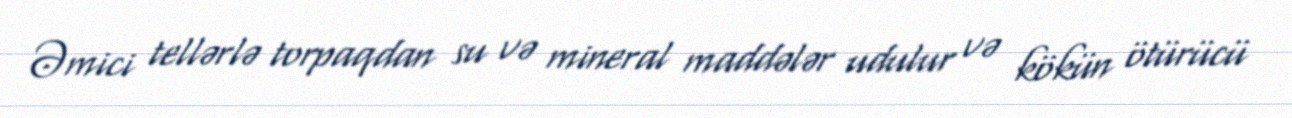
Əmici tellərlə torpaqdan su və mineral maddələr udulur və kökün ötürücü